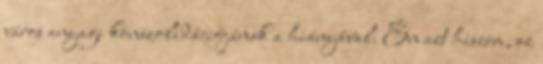
város anyagi konszolidációjának a hiányával. Én azt hiszem, az